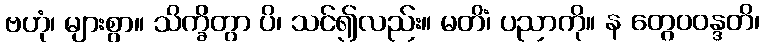
ဗဟုံ၊ များစွာ။ သိက္ခိတွာ ပိ၊ သင်၍လည်း။ မတိံ၊ ပညာကို။ န တွေဝဝန္ဒတိ၊